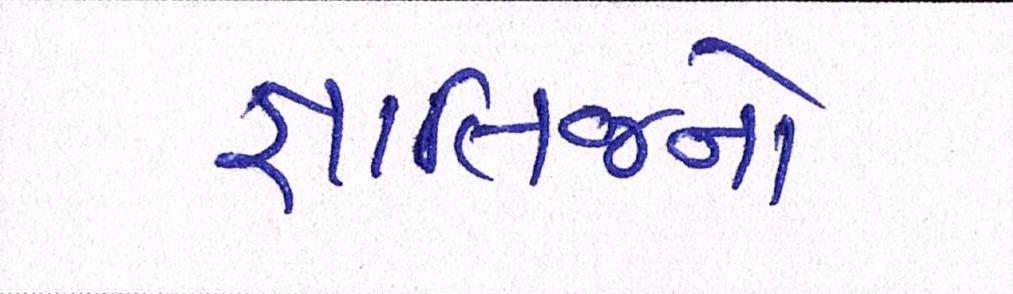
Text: જ્ઞાતિજનો